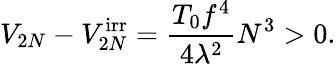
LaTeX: V_{2N}-V_{2N}^{\mathrm{irr}}=\frac{T_{0}f^{4}}{4\lambda^{2}}N^{3}>0.